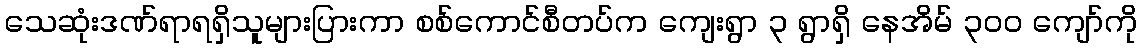
သေဆုံးဒဏ်ရာရရှိသူများပြားကာ စစ်ကောင်စီတပ်က ကျေးရွာ ၃ ရွာရှိ နေအိမ် ၃၀၀ ကျော်ကို